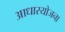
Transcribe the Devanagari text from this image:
आधारयोजना